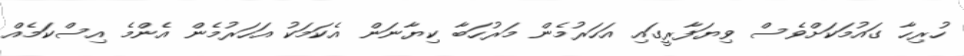
ހުރިހާ ގައުމަކަށްވެސް ވިޔަފާރީގައި އަހަރުމެން މަރުހަބާ ކިޔާނަން އެކަމަކު އަހަރުމެން އެންމެ އިސްކަމެއް